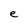
Character: e